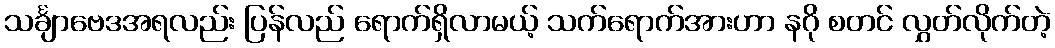
သင်္ချာဗေဒအရလည်း ပြန်လည် ရောက်ရှိလာမယ့် သက်ရောက်အားဟာ နဂို စတင် လွှတ်လိုက်တဲ့